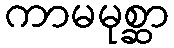
ကာမမုစ္ဆာ